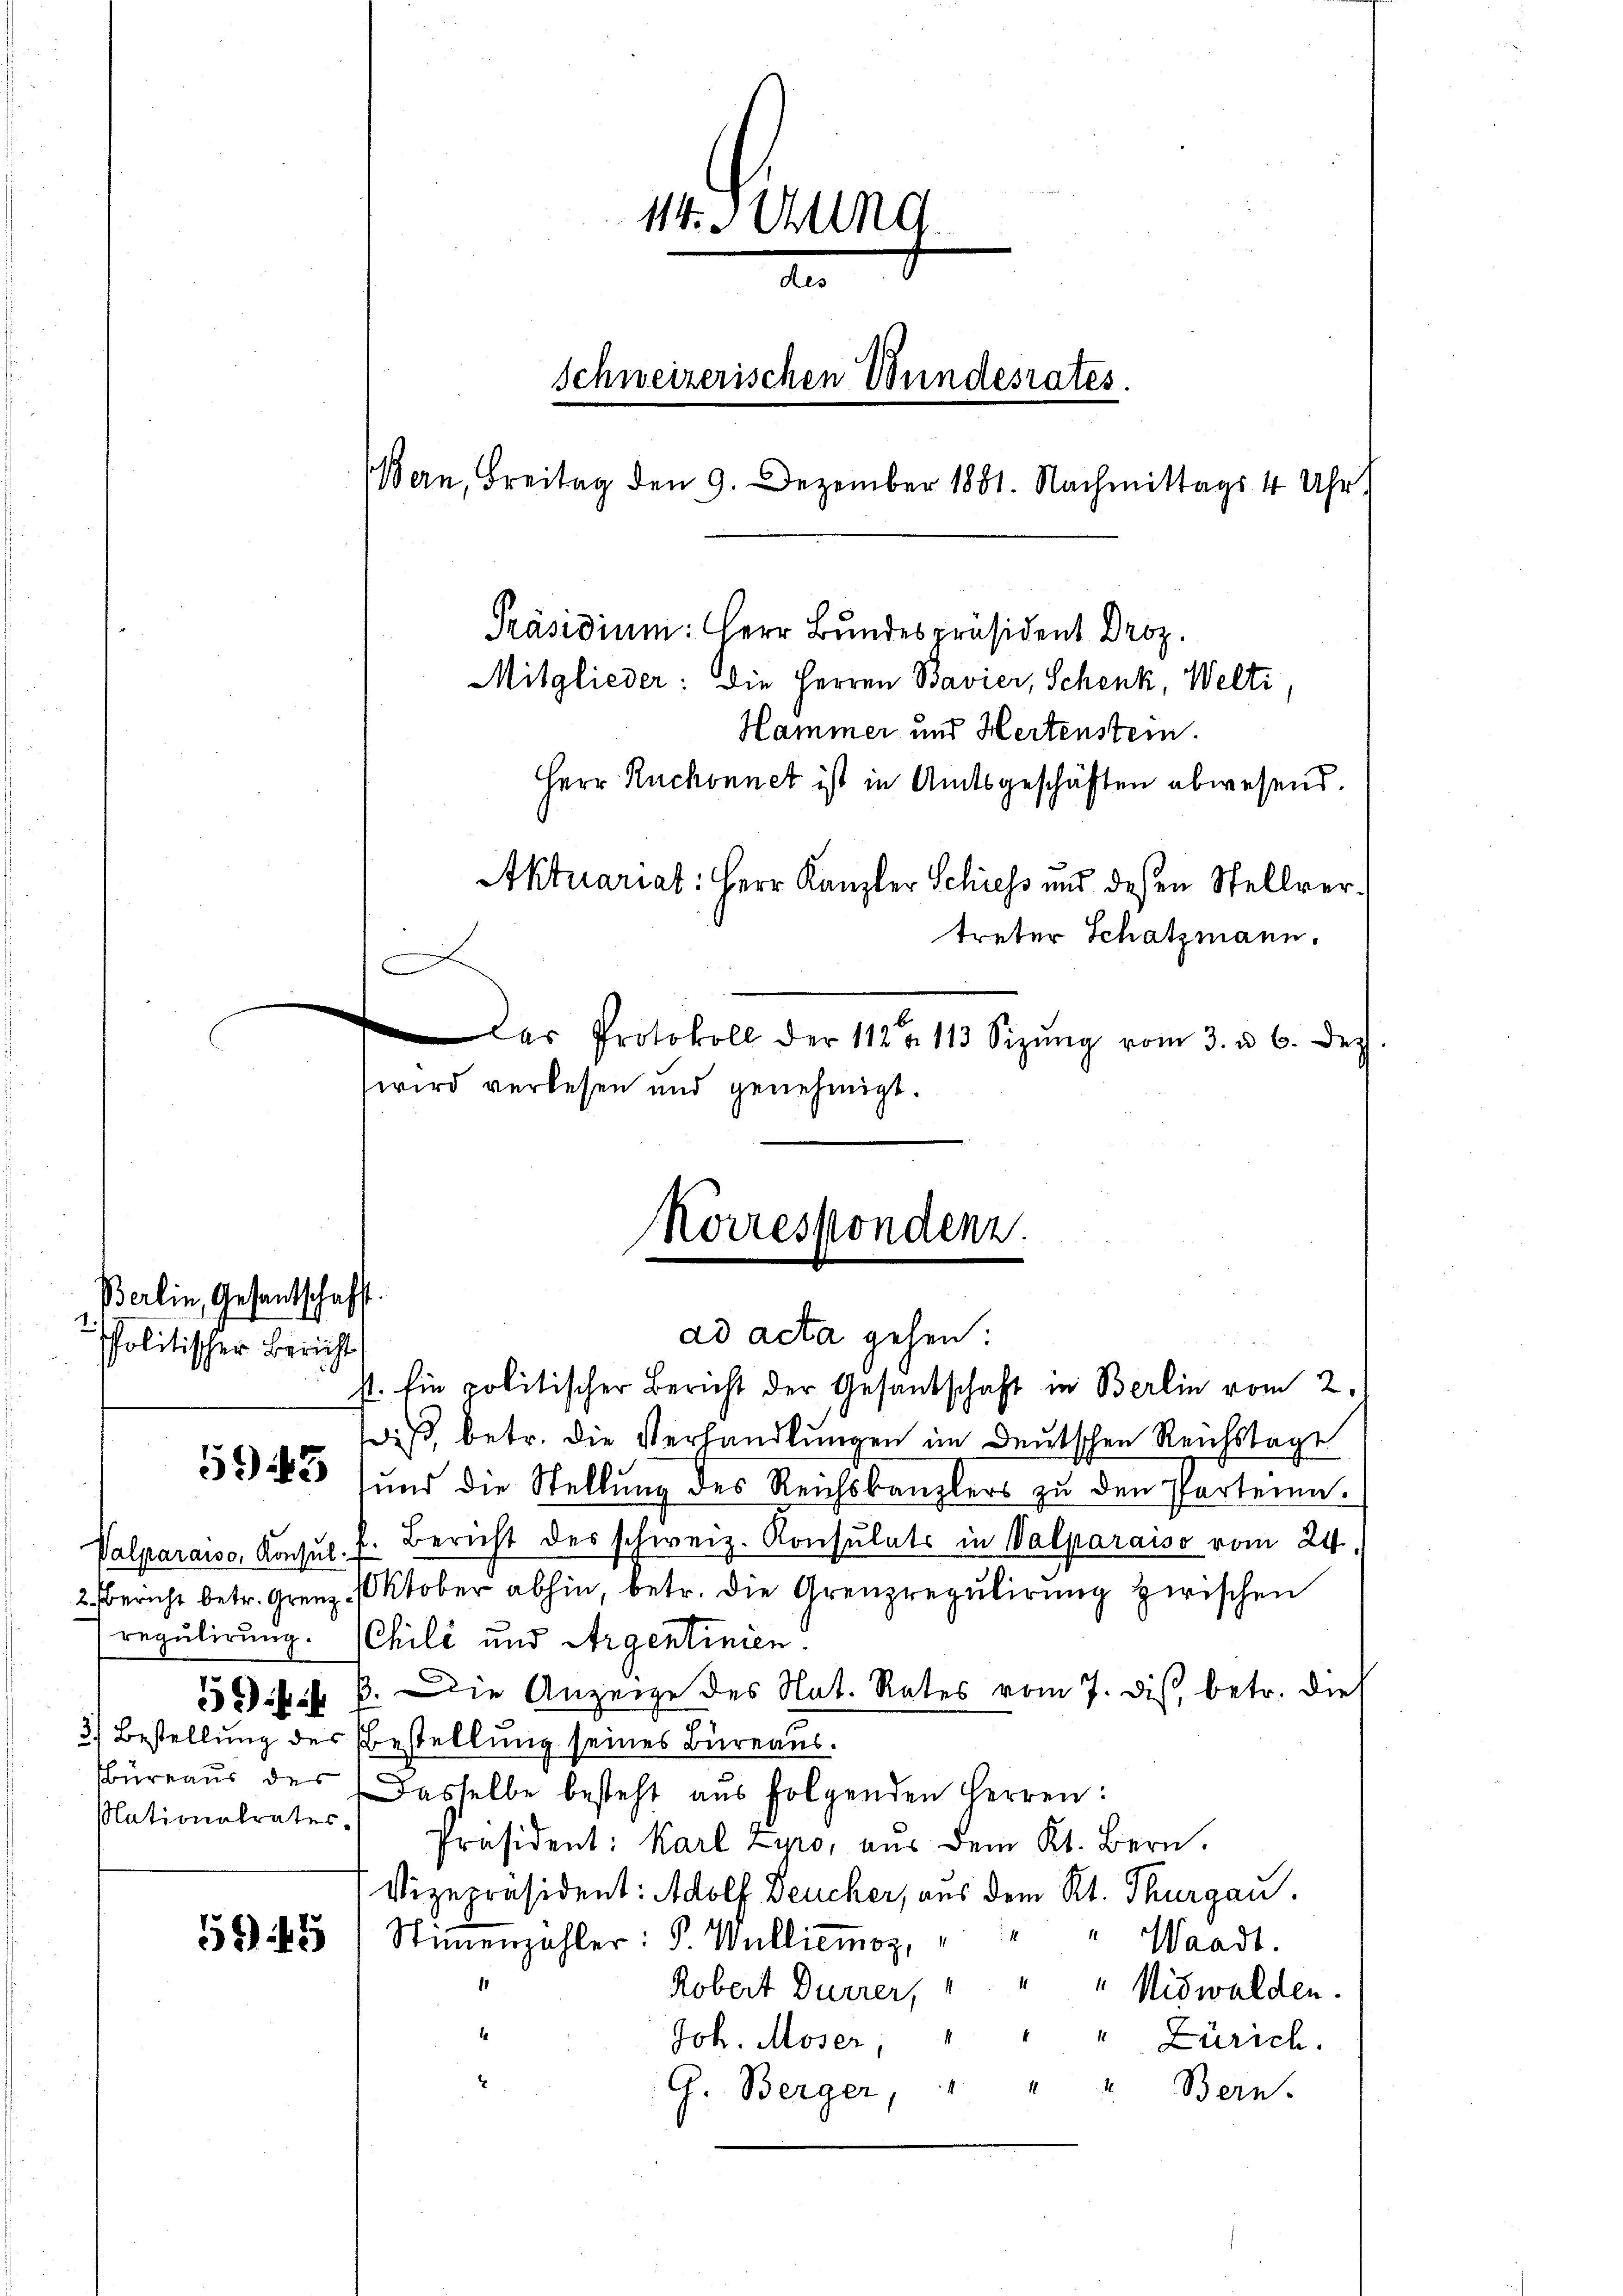
Berlin, Gesandtschafft.
politischer Bericht

5943

Nationalrater,

ad acta gehen:
st. Ein politischer Bericht der Gesandschaft in Berlin vom 2.
daß, betr. die Verhandlungen im Deutschen Reichstage
ŭnd die Stellŭng des Reichskanzlers zŭ den Parteien.
Valparais, Konsŭl. f. Bericht des schweiz. Konsulats in Valparaiso vom 24.
2. Bericht betr. Grenz. Oktober abhin, betr. die Grenzregulirung zwischen
regulirung. (Chilé und Argentinien.
559 f. 3. Die Anzeige des Nat. Rates vom 7. dis, betr. die
3.) Bestellung der Bestellung seines Büreaus.
büreaŭs des Dasselbe besteht aŭs folgenden Herren:
Präsident: Karl Lyro, aus dem Kt. Bern.
Vizepräsident: Adolf Deucher, aus dem Kt. Thurgau.
345) Stimmenzahler: P. Wulliemoz, " " " Waadt.
1
Robert Dürrer, " " " Nidwalden.
Joh. Moser, " " " Zürich.
G. Berger, " " " Bern.

114. Mund
u
ann
Schweizerischen Wundesrates.
Bern, Freitag den 9. Dezember 1881. Nachmittags 4 Uhr,
Präsidium: Herr Bundespräsident Droz.
Mitglieder: die Herren Bavier, Schenk, Welti,
Hammer und Hertenstein.
Herr Ruchonnet ist in Amtsgeschäften abwesend.

Aktuariat: Herr Kanzler Schiess und deßen Stellvertreter Schatzmann.
C
as Protokoll der 112 n 113 Sizŭng vom 3. u. 6. Dez.
wird verlesen und genehmigt.

Korrespondenz.